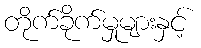
တိုက်ခိုက်မှုများနှင့်